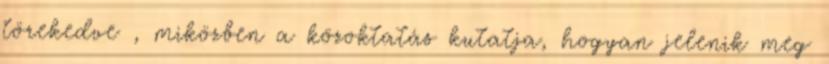
törekedve , miközben a közoktatás kutatja, hogyan jelenik meg